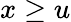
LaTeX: x\ge u